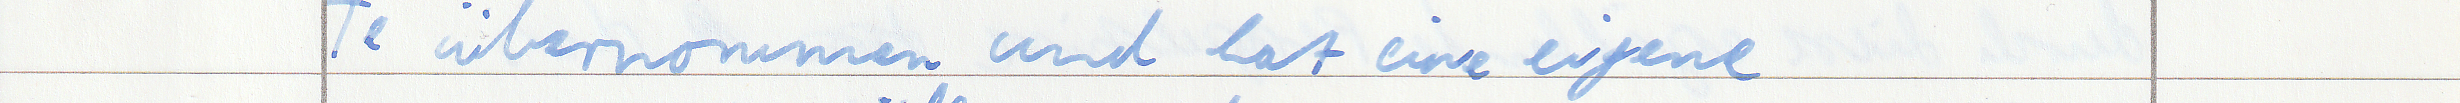
Te übernommen und hat eine eigene